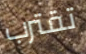
تقترب